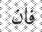
فان